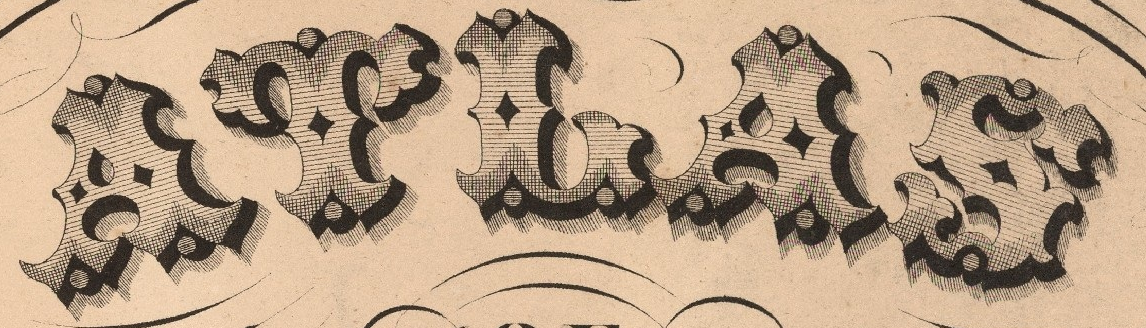
ATLAS